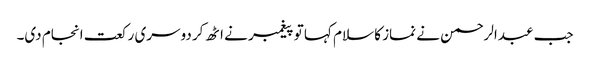
جب عبدالرحمن نے نماز کا سلام کہا تو پیغمبر نے اٹھ کر دوسری رکعت انجام دی۔